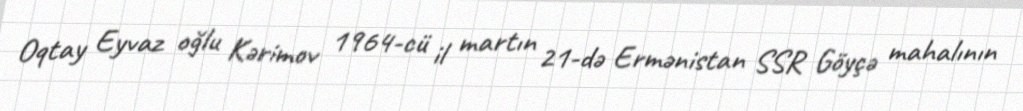
Oqtay Eyvaz oğlu Kərimov 1964-cü il martın 21-də Ermənistan SSR Göyçə mahalının